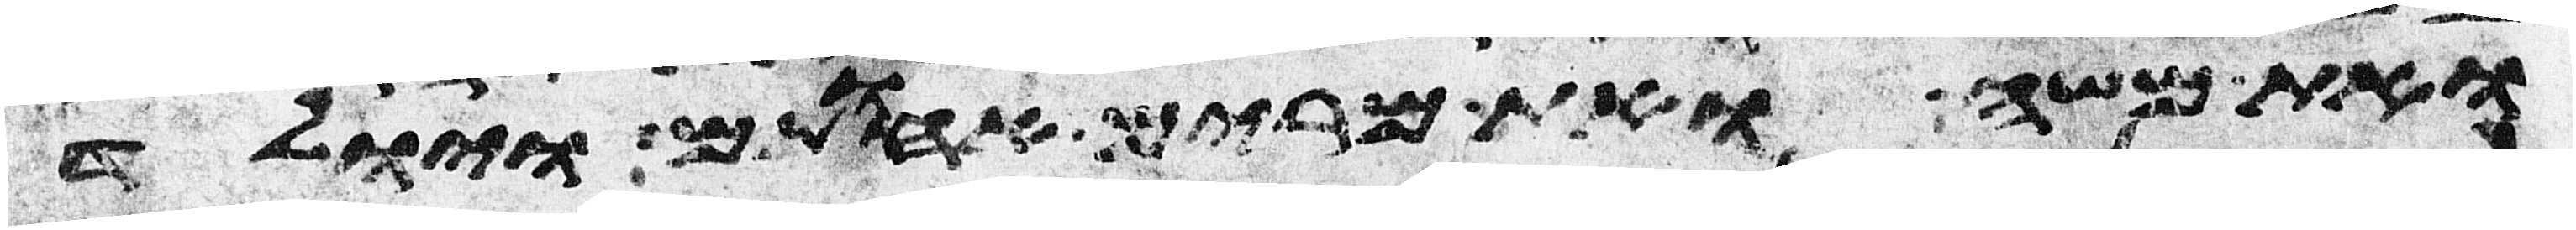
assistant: ואת משה ואת מרים אחתם ויולד